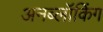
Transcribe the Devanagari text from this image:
अनब्लॉकिंग